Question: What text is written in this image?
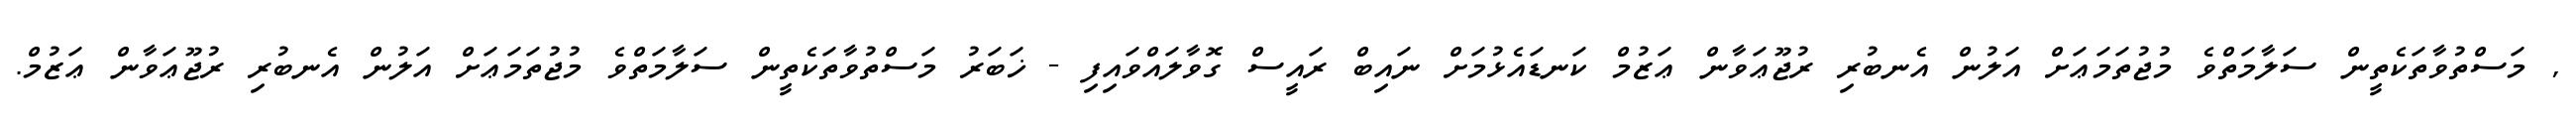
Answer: , މަސްތުވާތަކެތީން ސަލާމަތްވެ މުޖުތަމަޢަށް އަލުން އެނބުރި ރުޖޫޢަވާން ޢަޒުމް ކަނޑައެޅުމަށް ނައިބް ރައީސް ގޮވާލައްވައިފި - ޚަބަރު މަސްތުވާތަކެތީން ސަލާމަތްވެ މުޖުތަމަޢަށް އަލުން އެނބުރި ރުޖޫޢަވާން ޢަޒުމް.